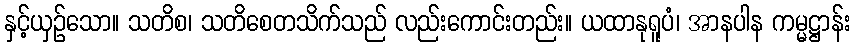
နှင့်ယှဉ်သော။ သတိစ၊ သတိစေတသိက်သည် လည်းကောင်းတည်း။ ယထာနုရူပံ၊ အာနပါန ကမ္မဋ္ဌာန်း